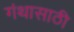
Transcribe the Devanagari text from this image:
गंथासाठी